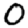
Digit: 0